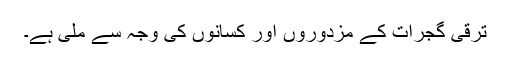
ترقی گجرات کے مزدوروں اور کسانوں کی وجہ سے ملی ہے۔